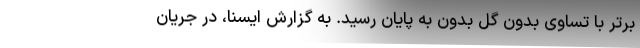
برتر با تساوی بدون گل بدون به پایان رسید. به گزارش ایسنا، در جریان